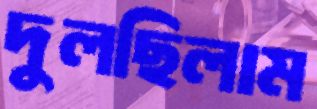
দুলছিলাম